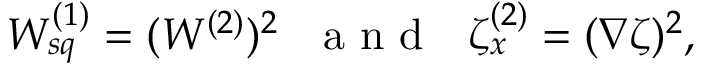
\begin{array} { r } { W _ { s q } ^ { ( 1 ) } = ( W ^ { ( 2 ) } ) ^ { 2 } ~ ~ \mathrm { ~ a ~ n ~ d ~ } ~ ~ \zeta _ { x } ^ { ( 2 ) } = ( \nabla \zeta ) ^ { 2 } , } \end{array}